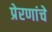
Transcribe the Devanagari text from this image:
प्रेरणांचे